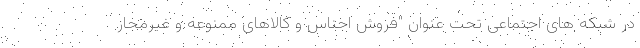
در شبکه های اجتماعی تحت عنوان "فروش اجناس و کالاهای ممنوعه و غیرمجاز